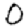
Digit: 0